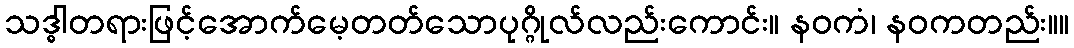
သဒ္ဓါတရားဖြင့်အောက်မေ့တတ်သောပုဂ္ဂိုလ်လည်းကောင်း။ နဝကံ၊ နဝကတည်း။။